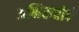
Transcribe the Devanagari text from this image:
अभिरुचीचे